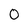
Character: O